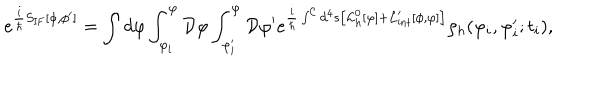
e ^ { { \frac { i } { \hbar } } S _ { \mathrm { I F } } [ \phi , \phi ^ { \prime } ] } = \int d \varphi \int _ { \varphi _ { i } } ^ { \varphi } { \cal D } \varphi \int _ { \varphi _ { i } ^ { \prime } } ^ { \varphi } { \cal D } \varphi ^ { \prime } e ^ { { \frac { i } { \hbar } } \int ^ { \cal C } d ^ { 4 } s \left[ { \cal L } _ { h } ^ { 0 } [ \varphi ] + { \cal L } _ { \mathrm { i n t } } ^ { \prime } [ \phi , \varphi ] \right] } \rho _ { h } ( \varphi _ { i } , \varphi _ { i } ^ { \prime } ; t _ { i } ) ,